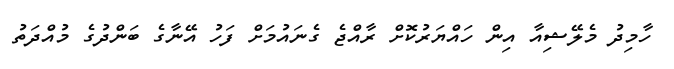
ހާމިދު މެލޭޝިއާ އިން ހައްޔަރުކޮށް ރާއްޖެ ގެނައުމަށް ފަހު އޭނާގެ ބަންދުގެ މުއްދަތު